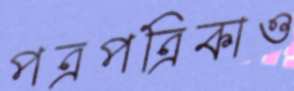
পত্রপত্রিকাও